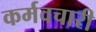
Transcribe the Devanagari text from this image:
कर्मवचारी